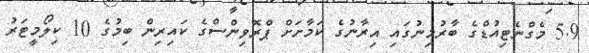
5.9 މެގްނެޓިއުޑްގެ ބާރުމިނުގައި އިރާނުގެ ކަމާށަށް ޕްރޮވިންސްގެ ކައިރިން ބިމުގެ 10 ކިލޯމީޓަރު